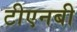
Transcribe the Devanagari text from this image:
टीएनबी